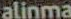
alinma